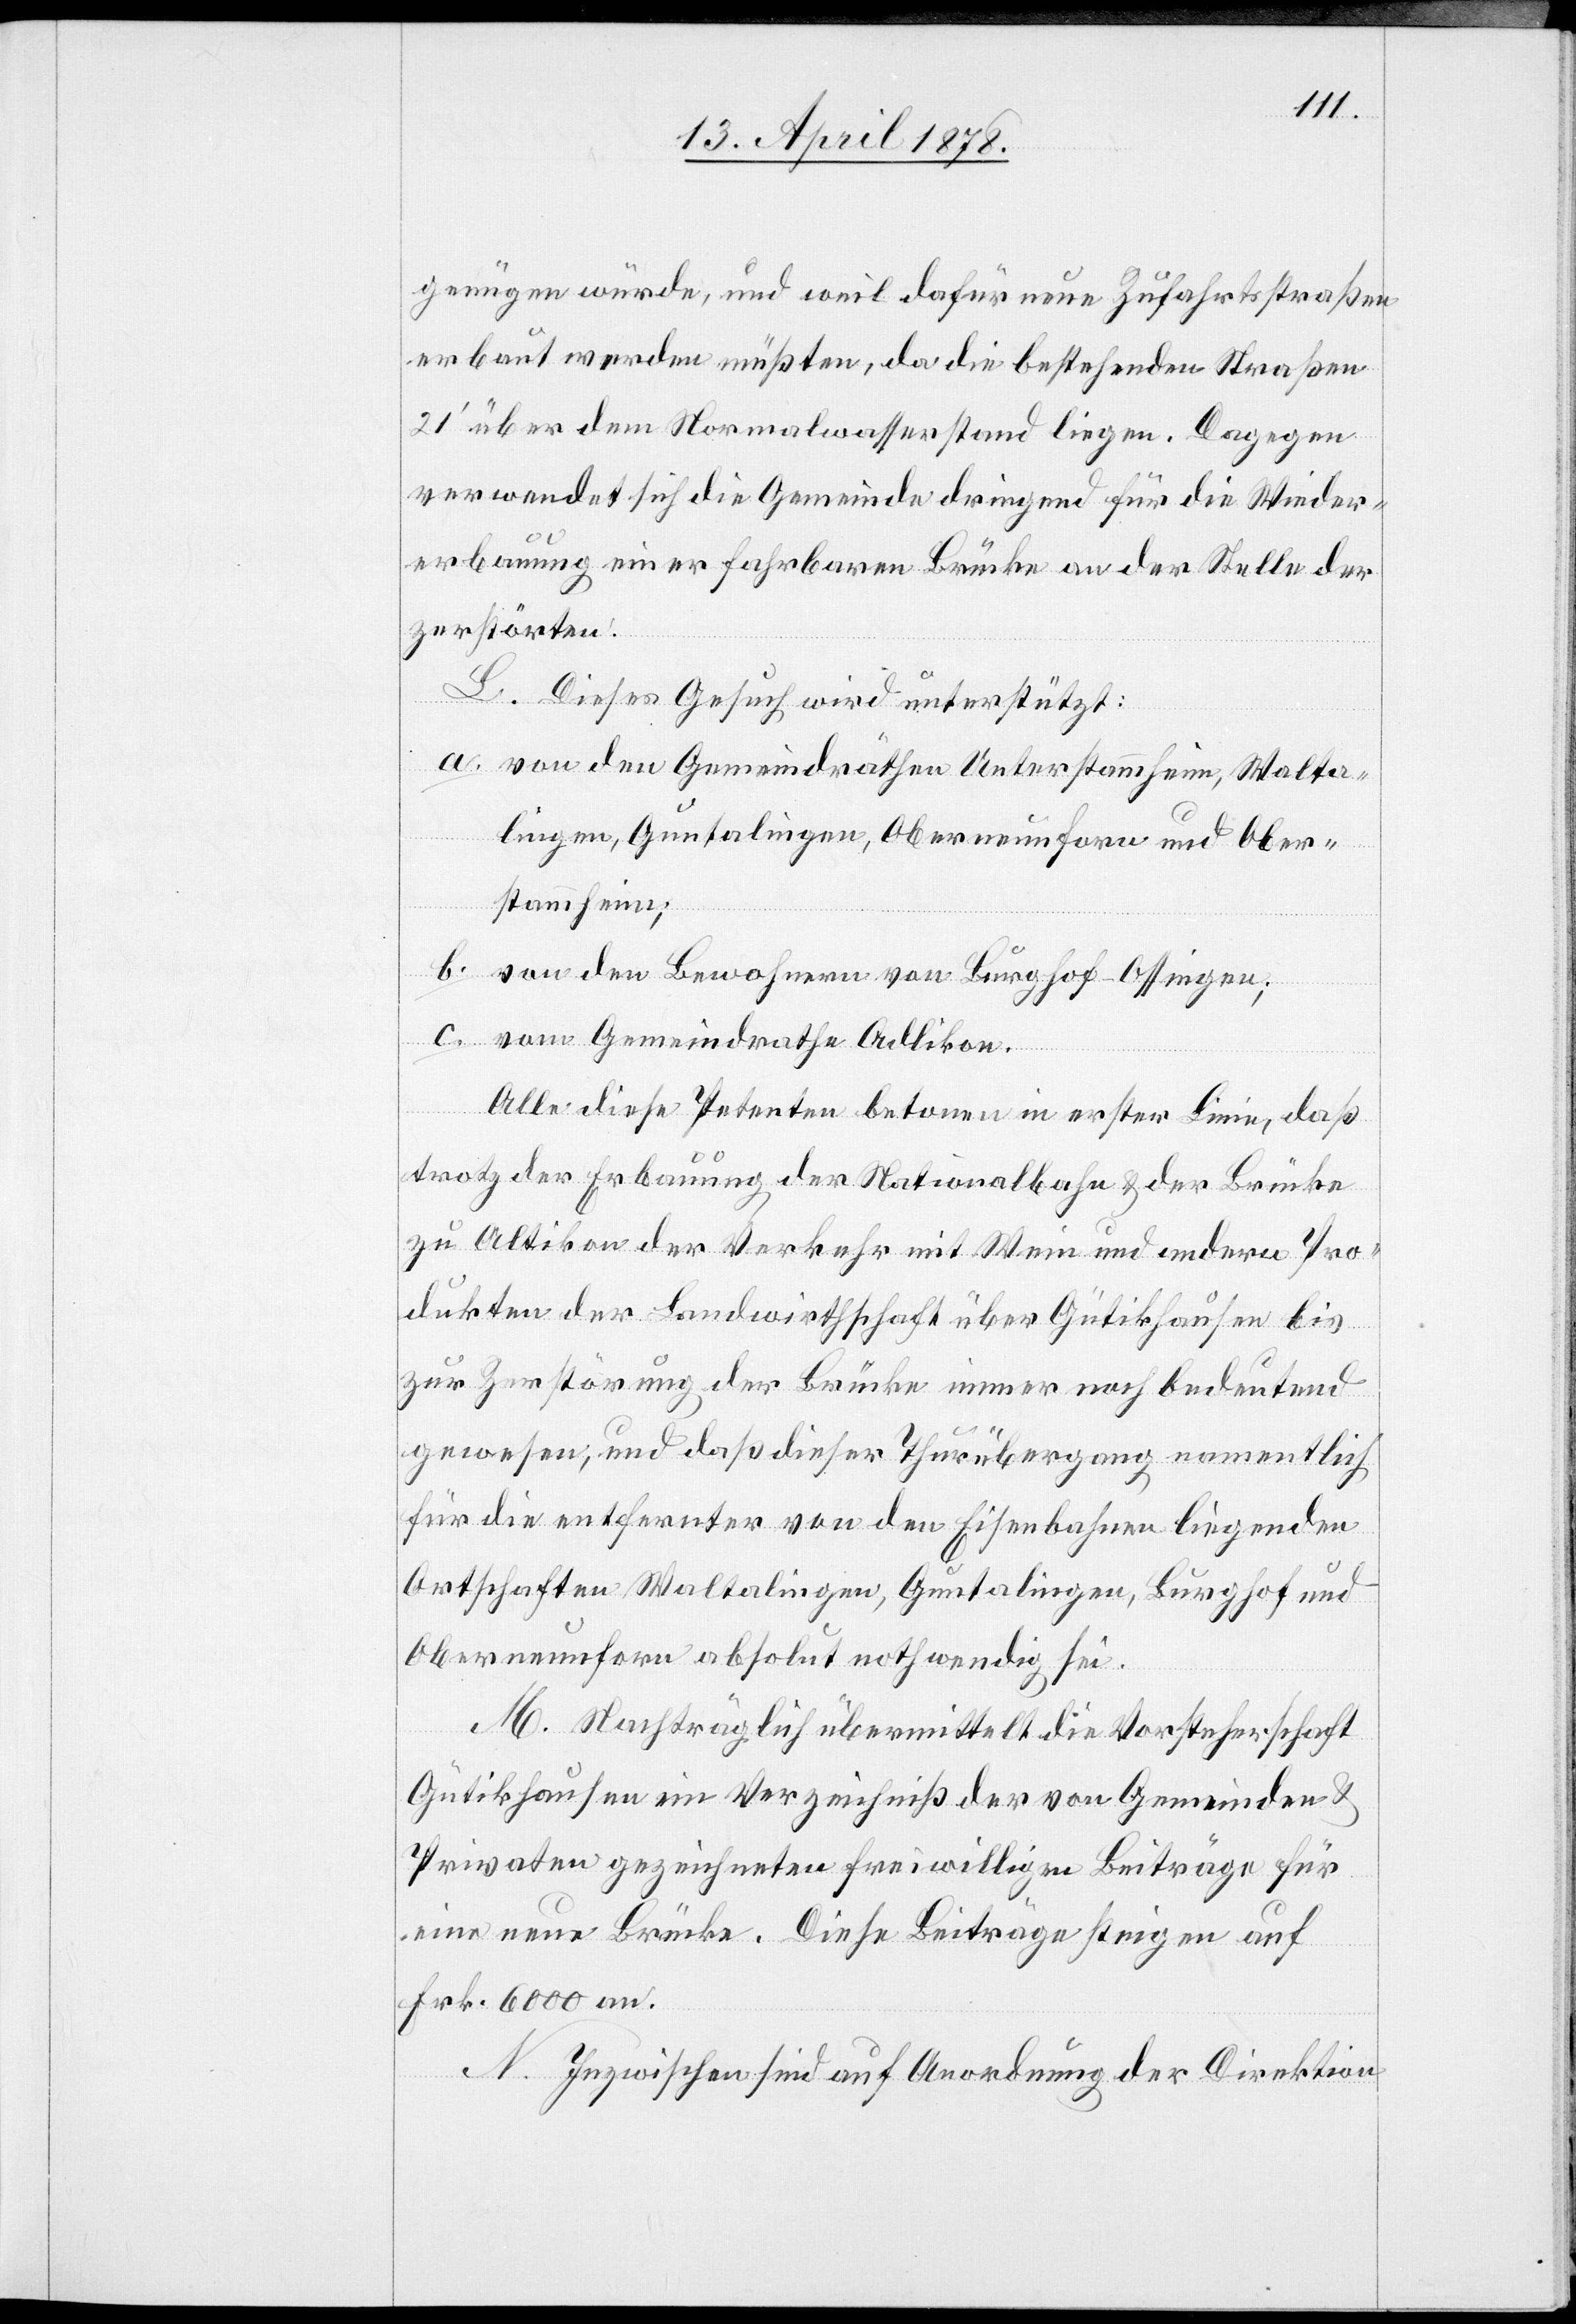
genügen würde, und weil dafür neue Zufahrtsstraßen
erbaut werden müßten, da die bestehenden Straßen
210 über dem Normalwasserstand liegen. Dagegen
verwendet sich die Gemeinde dringend für die Wieder¬
erbauung einer fahrbaren Brücke an der Stelle der
zerstörten.
L. Dieses Gesuch wird unterstützt:
a. von den Gemeindräthen Unterstammheim, Walta¬
lingen, Guntalingen, Oberneunforn und Ober¬
stammheim;
b. von den Bewohnern von Burghof - Ossingen;
c. vom Gemeindrathe Adlikon.
Alle diese Petenten betonen in erster Linie, daß
trotz der Erbauung der Nationalbahn & der Brücke
zu Altikon der Verkehr mit Wein und andern Pro¬
dukten der Landwirthschaft über Gütikhausen bis
zur Zerstörung der Brücke immer noch bedeutend
gewesen, und daß dieser Thurübergang namentlich
für die entfernter von den Eisenbahnen liegenden
Ortschaften Waltalingen, Guntalingen, Burghof und
Oberneunforn absolut nothwendig sei.
M. Nachträglich übermittelt die Vorsteherschaft
Gütikhausen ein Verzeichniß der von Gemeinden &
Privaten gezeichneten freiwilligen Beiträge für
eine neue Brücke. Diese Beiträge steigen auf
Frk. 6000 an.
N. Inzwischen sind auf Anordnung der Direktion